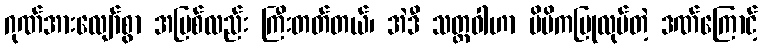
ဂုဏ်အားလျော်စွာ အပြစ်လည်း ကြီးတတ်တယ်၊ အဲဒီ သတ္တဝါဟာ မိမိကပြုလုပ်တဲ့ ဒဏ်ကြောင့်